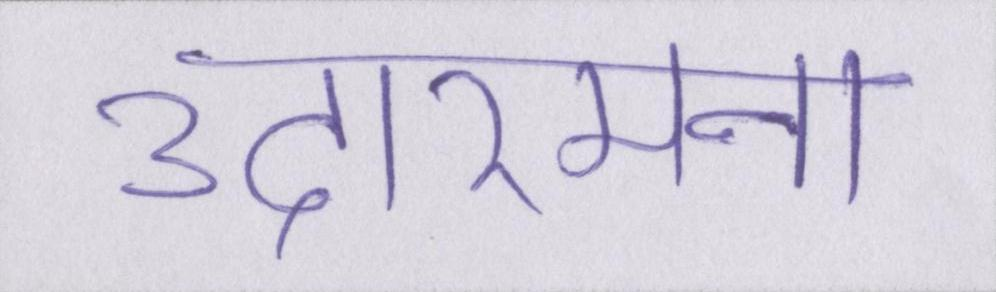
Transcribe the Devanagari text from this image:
उदारमना